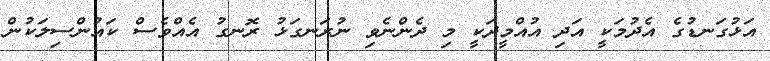
އަޅުގަނޑުގެ އެދުމަކީ އަދި އުއްމީދަކީ މި ދެންނެވި ނުރަނގަޅު ރޮނގުު އެއްވެސް ކައުންސިލަކުން